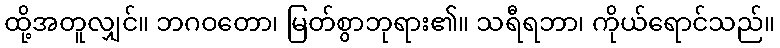
ထို့အတူလျှင်။ ဘဂဝတော၊ မြတ်စွာဘုရား၏။ သရီရဘာ၊ ကိုယ်ရောင်သည်။